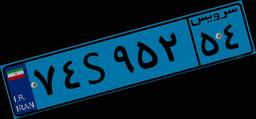
۱۹S۷۸۶۸۳